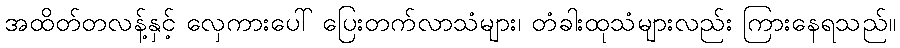
အထိတ်တလန့်နှင့် လှေကားပေါ် ပြေးတက်လာသံများ၊ တံခါးထုသံများလည်း ကြားနေရသည်။